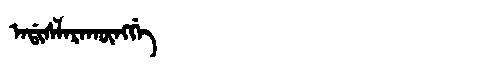
Manchu: ᠠᡩᡳᠰᠯᠠᡵᠠᡴᡡᠩᡤᡝ
Romanization: ADISLARAKŪNGGE